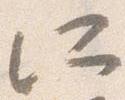
所